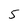
Character: 5